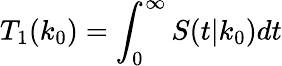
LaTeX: T_{1}(k_{0})=\int_{0}^{\infty}S(t|k_{0})dt